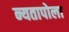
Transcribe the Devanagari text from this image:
न्यतापोला